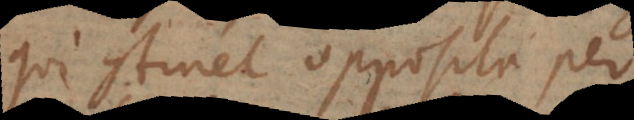
qui continet opposita per